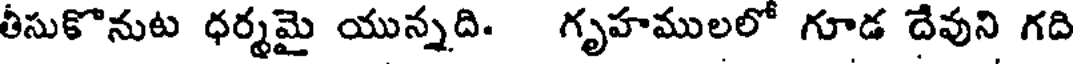
తీసుకొనుట ధర్మమై యున్నది. గృహములలో గూడ దేవుని గది